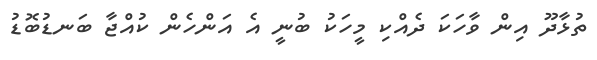
ތުޅާދޫ އިން ވާހަކަ ދެއްކި މީހަކު ބުނީ އެ އަންހެން ކުއްޖާ ބަނޑުބޮޑު